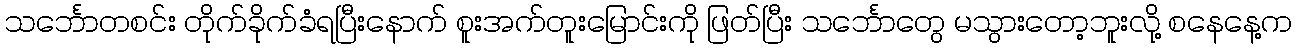
သင်္ဘောတစင်း တိုက်ခိုက်ခံရပြီးနောက် စူးအက်တူးမြောင်းကို ဖြတ်ပြီး သင်္ဘောတွေ မသွားတော့ဘူးလို့ စနေနေ့က